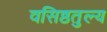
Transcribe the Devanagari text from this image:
वसिष्ठतुल्य